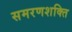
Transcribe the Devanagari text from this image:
समरणशक्ति